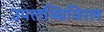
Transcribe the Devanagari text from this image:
उपलब्धिविरल